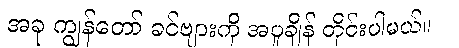
အခု ကျွန်တော် ခင်ဗျားကို အပူချိန် တိုင်းပါမယ်။